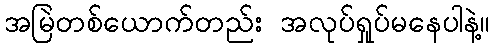
အမြဲတစ်ယောက်တည်း အလုပ်ရှုပ်မနေပါနဲ့။